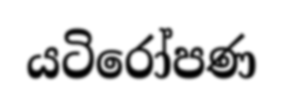
යටිරෝපණ